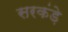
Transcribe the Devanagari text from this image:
सरकंड़े